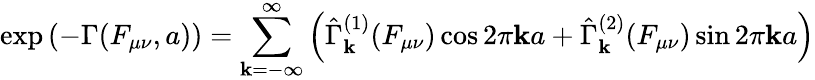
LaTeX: \exp\left(-\Gamma(F_{\mu\nu},a)\right)=\sum_{\mathbf{k}=-\infty}^{\infty}\left(\hat{{\Gamma}}_{\mathbf{k}}^{(1)}(F_{\mu\nu})\cos2\pi\mathbf{k}a+\hat{{\Gamma}}_{\mathbf{k}}^{(2)}(F_{\mu\nu})\sin2\pi\mathbf{k}a\right)